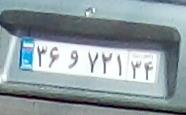
۳۶و۷۲۱۳۴